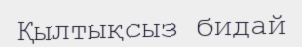
Қылтықсыз бидай